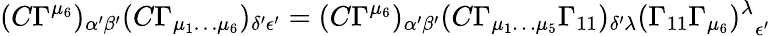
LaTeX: (C\Gamma^{\mu_{6}})_{\alpha{'}\beta{'}}(C\Gamma_{\mu_{1}\dots\mu_{6}})_{\delta{'}\epsilon{'}}=(C\Gamma^{\mu_{6}})_{\alpha{'}\beta{'}}(C\Gamma_{\mu_{1}\dots\mu_{5}}\Gamma_{11})_{\delta{'}\lambda}{(\Gamma_{11}\Gamma_{\mu_{6}})^{\lambda}}_{\epsilon{'}}